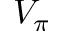
V _ { \pi }